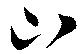
山